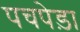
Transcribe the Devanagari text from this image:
पचपेड़ा